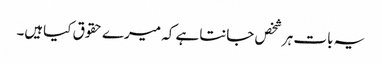
یہ بات ہرشخص جانتاہے کہ میرے حقوق کیاہیں۔